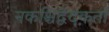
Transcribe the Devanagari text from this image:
नकश्चिद्वेदकर्ता